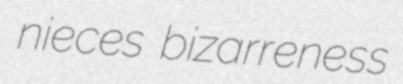
nieces bizarreness